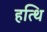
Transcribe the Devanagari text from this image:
हत्थि